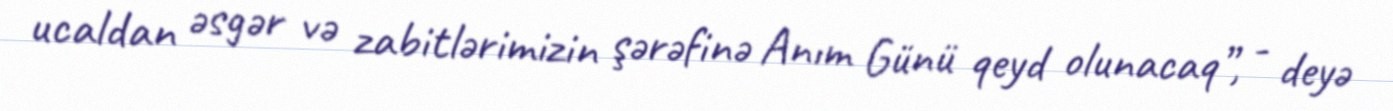
ucaldan əsgər və zabitlərimizin şərəfinə Anım Günü qeyd olunacaq”, - deyə